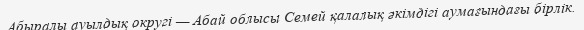
Абыралы ауылдық округі — Абай облысы Семей қалалық әкімдігі аумағындағы бірлік.